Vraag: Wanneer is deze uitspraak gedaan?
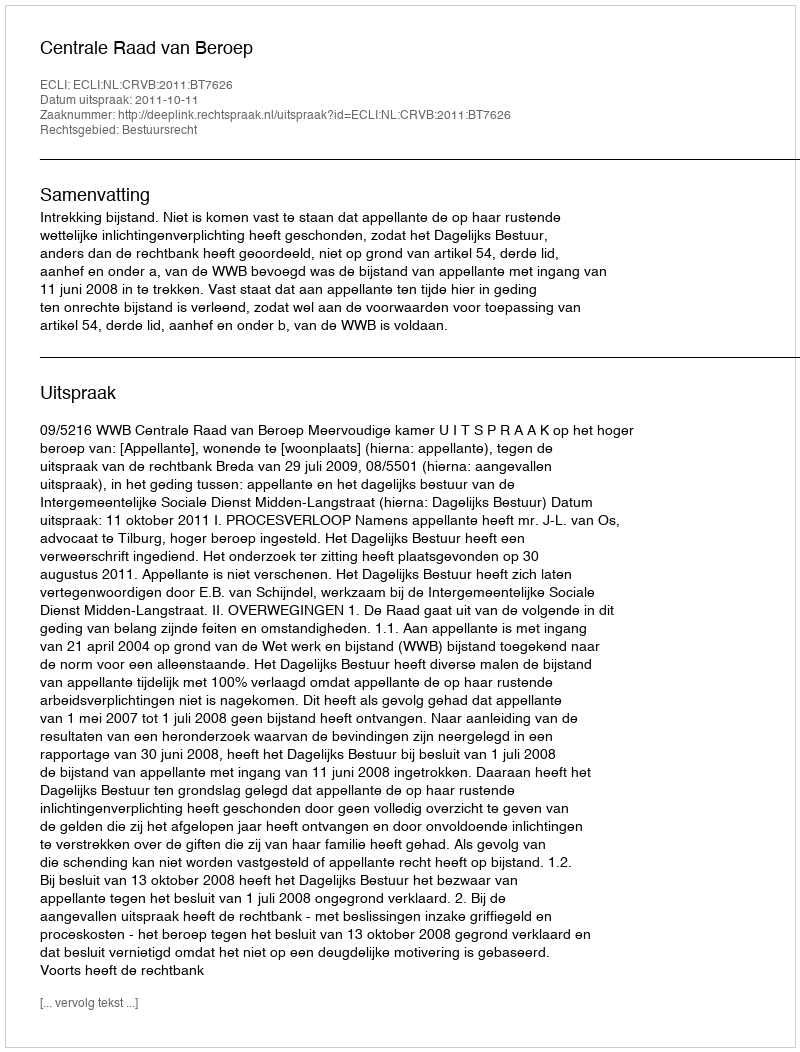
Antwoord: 2011-10-11